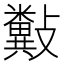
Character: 𣀲